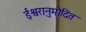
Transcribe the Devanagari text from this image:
ईश्वरानुमोदित